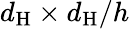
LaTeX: d_{\mathrm{H}}\times d_{\mathrm{H}}/h